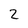
Character: 2